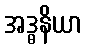
အဒ္ဓနိယာ